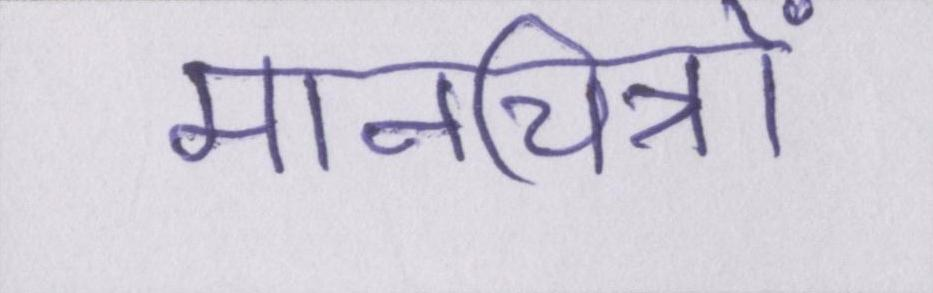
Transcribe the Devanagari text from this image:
मानचित्रों